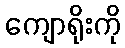
ကျောရိုးကို